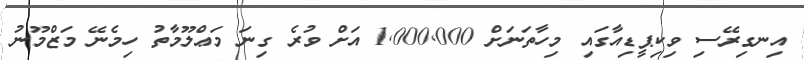
އިނގިރޭސި ވިކިޕީޑިއާގައި މިހާތަނަށް 1